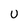
Character: u